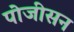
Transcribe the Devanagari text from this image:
पोजीसन